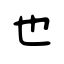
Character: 也